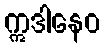
ဣဒါနေဝ